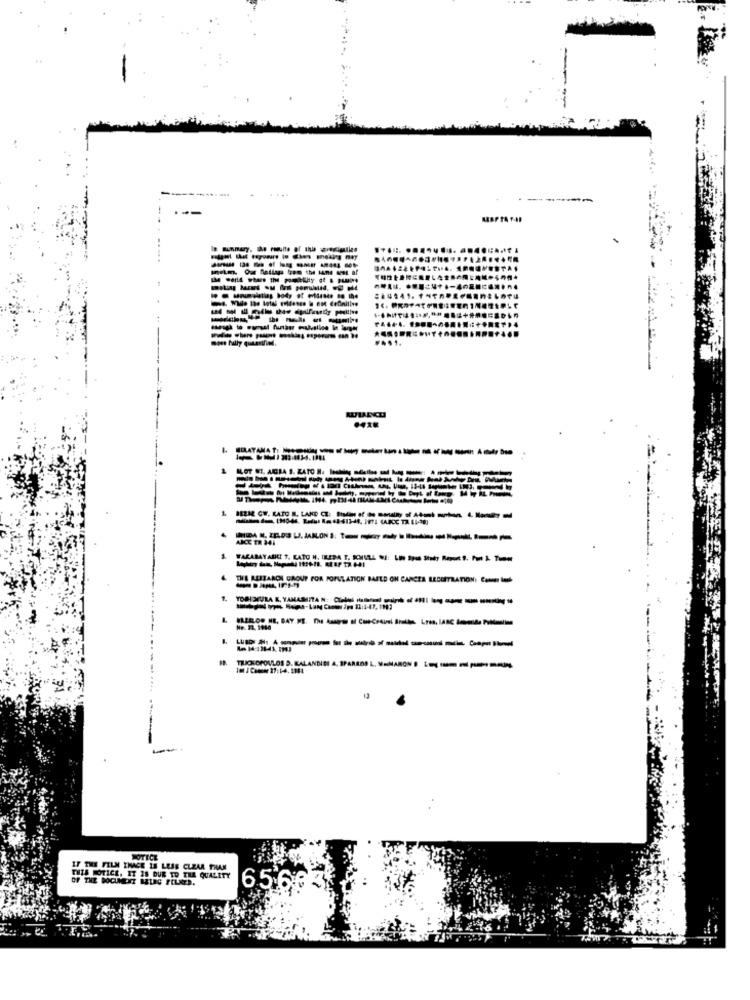
In Bunmary, the remulte of this arecieties
----------
--------
----------
AKCE ER 341
4. THE RESEARCH GROUP FOR POPULATION BASED ON CANCER BECERTRATION: Comer lol
TRICEOPOULOS D. KALAN
NOTICE
IF THE FILM IHACE IS LESS CLEAR THAN
OF THE DOCUMENT BELEG PELAES.
THIS NOTICE, IT IS DUE TO THE QUALITY
65.66